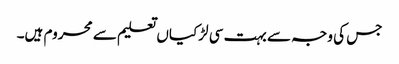
جس کی وجہ سے بہت سی لڑکیاں تعلیم سے محروم ہیں۔